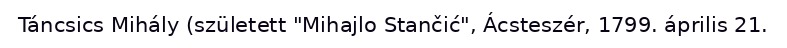
Táncsics Mihály (született "Mihajlo Stančić", Ácsteszér, 1799. április 21.